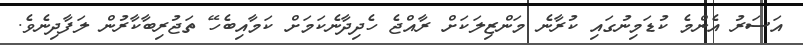
އަސަރު އެންމެ ކުޑަމިނުގައި ކުރާނެ މަންޒިލަކަށް ރާއްޖެ ހެދިދާނެކަމަށް ކަމާއިބެހޭ ތަޖުރިބާކާރުން ލަފާދިނެވެ.